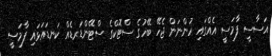
އަސާސީ ފާމަސީ އެއްގައި ހުންނަން ޖެހޭ ބޭހުގެ ސްޓޮކްގެ ސްޓޭންޑަރޑެއް ކަނޑައަޅައި ފާމަސީ